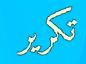
تكرير